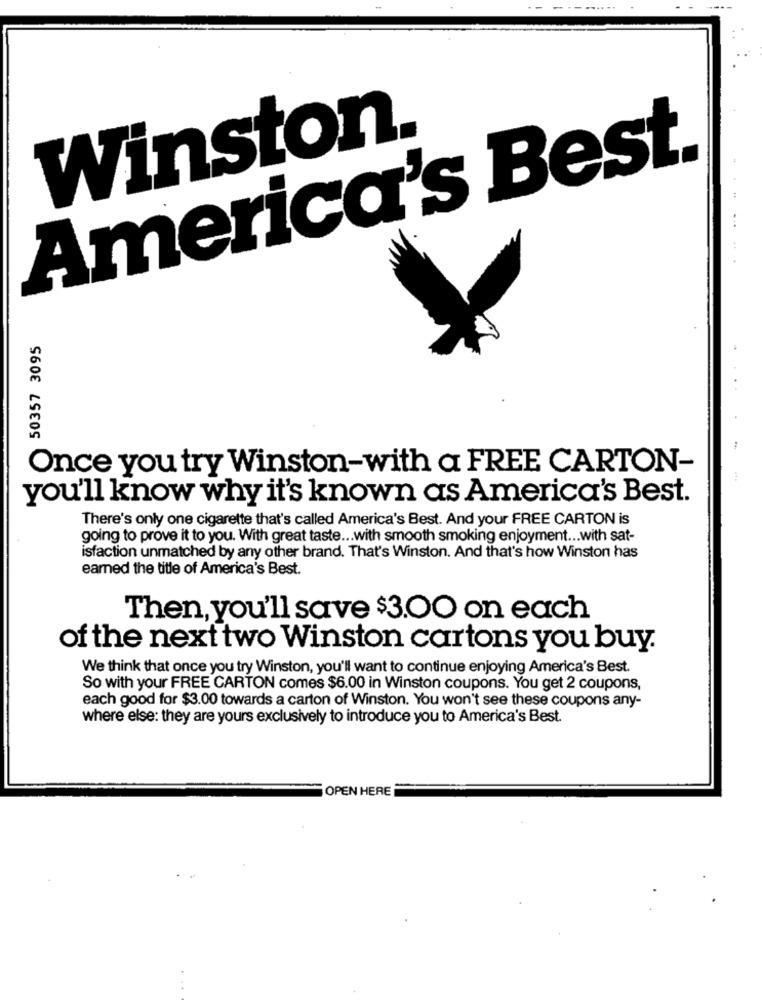
Winston.
America's Best.
50357 3095
Once you try Winston-with a FREE CARTON-
you'll know why it's known as America's Best.
There's only one cigarette that's called America's Best. And your FREE CARTON is
going to prove it to you. With great taste ... with smooth smoking enjoyment ... with sat-
isfaction unmatched by any other brand. That's Winston. And that's how Winston has
earned the title of America's Best.
Then, you'll save $3.00 on each
of the next two Winston cartons you buy.
We think that once you try Winston, you'll want to continue enjoying America's Best.
So with your FREE CARTON comes $6.00 in Winston coupons. You get 2 coupons,
each good for $3.00 towards a carton of Winston. You won't see these coupons any-
where else: they are yours exclusively to introduce you to America's Best.
OPEN HERE